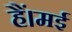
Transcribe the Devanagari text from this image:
हैं।मई